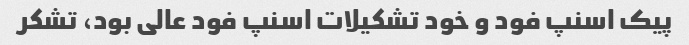
پیک اسنپ فود و خود تشکیلات اسنپ فود عالی بود، تشکر